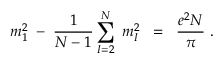
m _ { 1 } ^ { 2 } \; - \; \frac { 1 } { N - 1 } \sum _ { I = 2 } ^ { N } \; m _ { I } ^ { 2 } \; \; = \; \; \frac { e ^ { 2 } N } { \pi } \; .